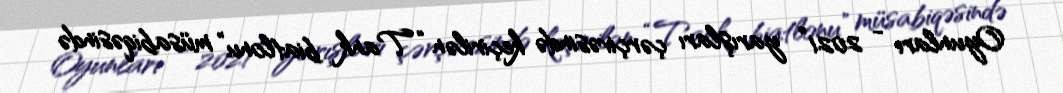
Oyunları - 2021” yarışları çərçivəsində keçirilən “Tank biatlonu” müsabiqəsində